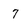
Character: 7